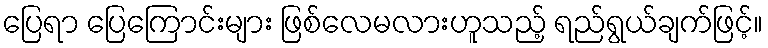
ပြေရာ ပြေကြောင်းများ ဖြစ်လေမလားဟူသည့် ရည်ရွယ်ချက်ဖြင့်။